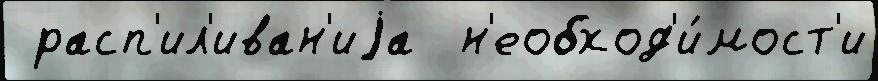
 расп'ил'иван'иjа  н'еобход'и́мост'и